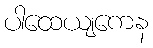
ပါထေယျကေန